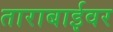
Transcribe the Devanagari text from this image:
ताराबाईवर